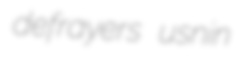
defrayers usnin